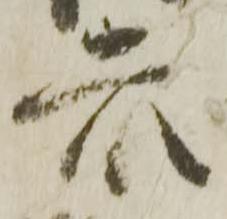
衆